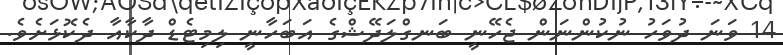
14 ވަނަ ދުވަހު ނުކުންނަން ޖެހޭނީ ބަނގްލަދޭޝްގެ އަބަހާނީ ލިމިޓެޑް ދާކާއާ ދެކޮޅަށެވެ.